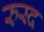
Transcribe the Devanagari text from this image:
रुस्द